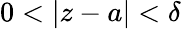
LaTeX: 0<\vert z-a\vert<\delta